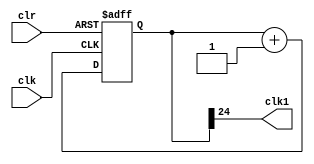
module DIV(
input wire clk,
input wire clr,
output wire clk1);

reg [24:0]a;

always @(posedge clk or posedge clr)
begin 
	if(clr == 1)
		a <= 0;
		
	else 
		a <= a+1;
	end 
	
	assign clk1 = a[24];
endmodule